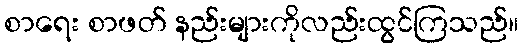
စာရေး စာဖတ် နည်းများကိုလည်းထွင်ကြသည်။